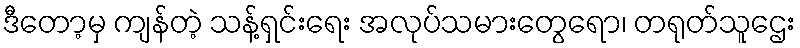
ဒီတော့မှ ကျန်တဲ့ သန့်ရှင်းရေး အလုပ်သမားတွေရော၊ တရုတ်သူဌေး